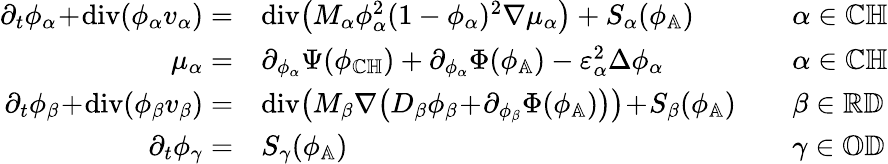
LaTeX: \begin{array}{rlrl}{\partial_{t}\phi_{\alpha}\! +\! \textup{div}(\phi_{\alpha}v_{\alpha})=}&{\textup{div}\big(M_{\alpha}\phi_{\alpha}^{2}(1-\phi_{\alpha})^{2}\nabla\mu_{\alpha}\big)+S_{\alpha}(\phi_{\mathbb{A}})}&&{\alpha\in{\mathbb{C}\mathbb{H}}}\\ {\mu_{\alpha}=}&{\partial_{\phi_{\alpha}}\Psi(\phi_{\mathbb{C}\mathbb{H}})+\partial_{\phi_{\alpha}}\Phi(\phi_{\mathbb{A}})-\varepsilon_{\alpha}^{2}\Delta\phi_{\alpha}}&&{\alpha\in{\mathbb{C}\mathbb{H}}}\\ {\partial_{t}\phi_{\beta}\! +\! \textup{div}(\phi_{\beta}v_{\beta})=}&{\textup{div}\big(M_{\beta}\nabla\big(D_{\beta}\phi_{\beta}\! +\! \partial_{\phi_{\beta}}\Phi(\phi_{\mathbb{A}})\big)\big)\! +\! S_{\beta}(\phi_{\mathbb{A}})}&&{\beta\in{\mathbb{R}\mathbb{D}}}\\ {\partial_{t}\phi_{\gamma}=}&{S_{\gamma}(\phi_{\mathbb{A}})}&&{\gamma\in{\mathbb{O}\mathbb{D}}}\end{array}